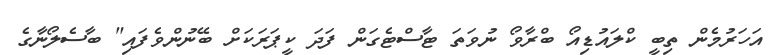
އަހަރުމެން ތިބީ ކްލައުޑިއޯ ބްރާވޯ ނުވަތަ ޓާސްޓެގަން ފަދަ ކީޕަރަކަށް ބޭނުންވެފައި" ބާސެލޯނާގެ